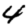
Digit: 4